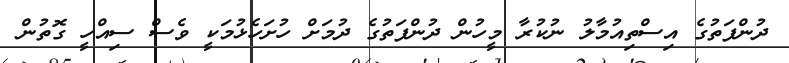
ދުންފަތުގެ އިސްތިއުމާލު ނުކުރާ މީހުން ދުންފަތުގެ ދުމަށް ހުށަހެޅުމަކީ ވެސް ސިއްހީ ގޮތުން